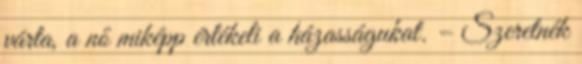
várta, a nő miképp értékeli a házasságukat. – Szeretnék